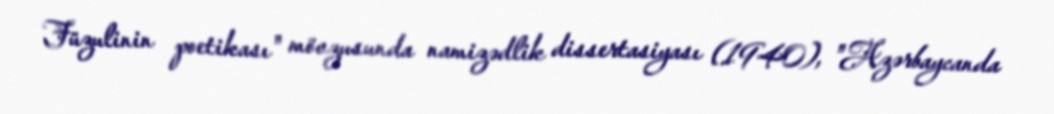
Füzulinin poetikası" mövzusunda namizədlik dissertasiyası (1940), "Azərbaycanda